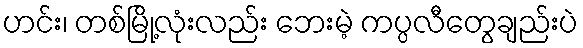
ဟင်း၊ တစ်မြို့လုံးလည်း ဘေးမဲ့ ကပ္ပလီတွေချည်းပဲ